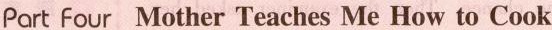
Part Four Mother Teaches Me How to Cook